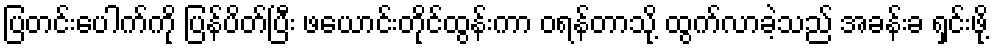
ပြတင်းပေါက်ကို ပြန်ပိတ်ပြီး ဖယောင်းတိုင်ထွန်းကာ ဝရန်တာသို့ ထွက်လာခဲ့သည် အခန်းခ ရှင်းဖို့